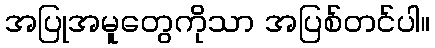
အပြုအမူတွေကိုသာ အပြစ်တင်ပါ။